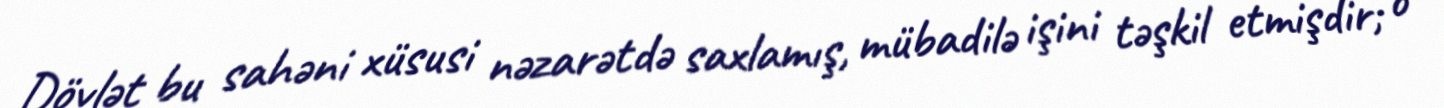
Dövlət bu sahəni xüsusi nəzarətdə saxlamış, mübadilə işini təşkil etmişdir; o